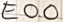
Text: E0.0